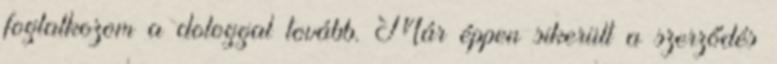
foglalkozom a dologgal tovább. Már éppen sikerült a szerződés